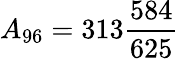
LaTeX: {}A_{96}=313{\frac{584}{625}}